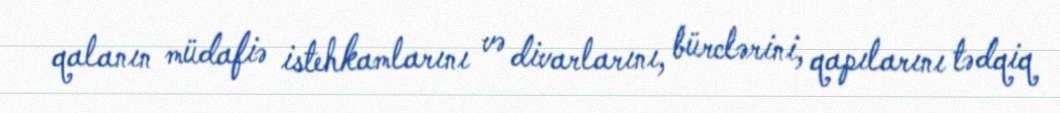
qalanın müdafiə istehkamlarını və divarlarını, bürclərini, qapılarını tədqiq